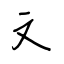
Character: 文